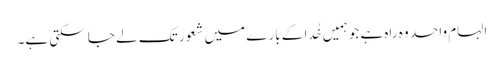
اِلہام واحد وہ راہ ہے جو ہمیں خُدا کے بارے میں شعور تک لے جا سکتی ہے۔